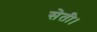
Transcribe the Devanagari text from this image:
सेती।